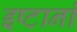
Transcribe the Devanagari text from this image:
इष्टानां